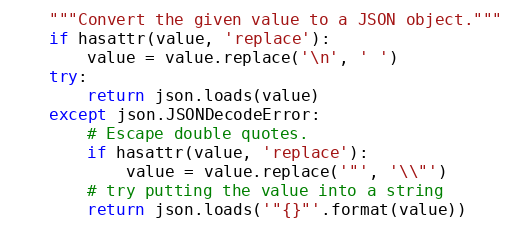
Language: Python
    """Convert the given value to a JSON object."""
    if hasattr(value, 'replace'):
        value = value.replace('\n', ' ')
    try:
        return json.loads(value)
    except json.JSONDecodeError:
        # Escape double quotes.
        if hasattr(value, 'replace'):
            value = value.replace('"', '\\"')
        # try putting the value into a string
        return json.loads('"{}"'.format(value))